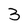
Character: 3